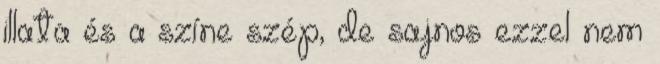
illata és a színe szép, de sajnos ezzel nem